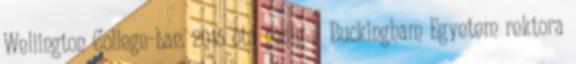
Wellington College-ban. 2015 óta pedig a Buckingham Egyetem rektora